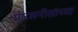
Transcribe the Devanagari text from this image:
पारसनीसांच्या